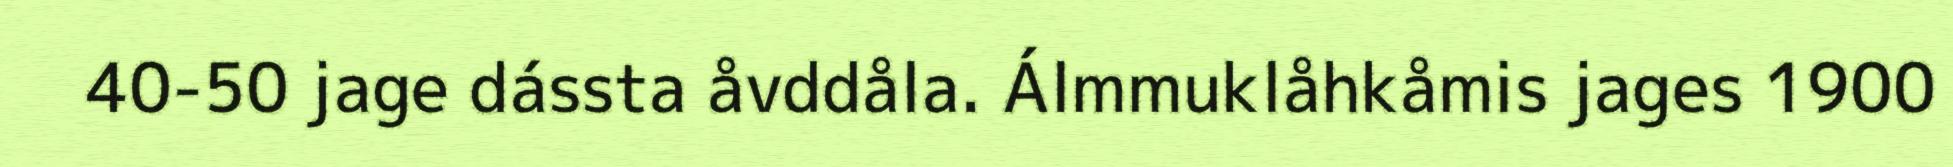
40-50 jage dássta åvddåla. Álmmuklåhkåmis jages 1900